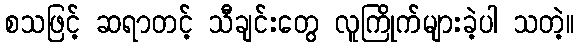
စသဖြင့် ဆရာတင့် သီချင်းတွေ လူကြိုက်များခဲ့ပါ သတဲ့။